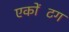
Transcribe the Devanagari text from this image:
एकोंटिंग